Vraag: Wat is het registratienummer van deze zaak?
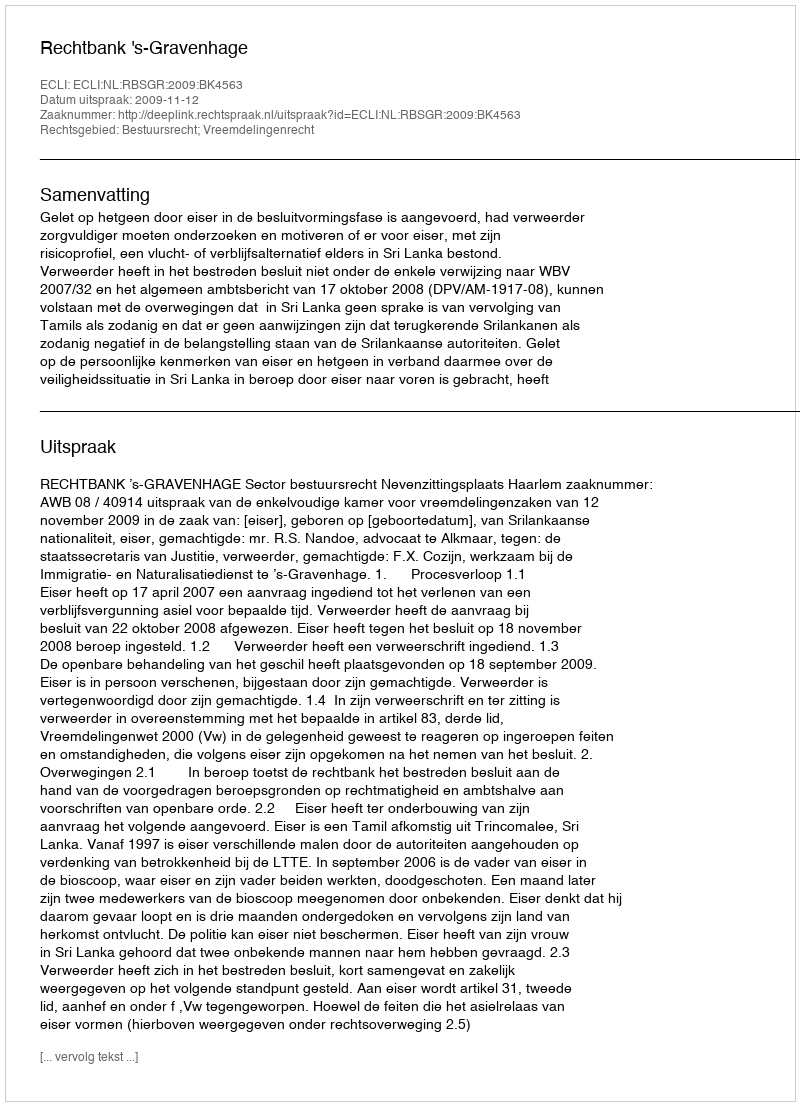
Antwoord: http://deeplink.rechtspraak.nl/uitspraak?id=ECLI:NL:RBSGR:2009:BK4563